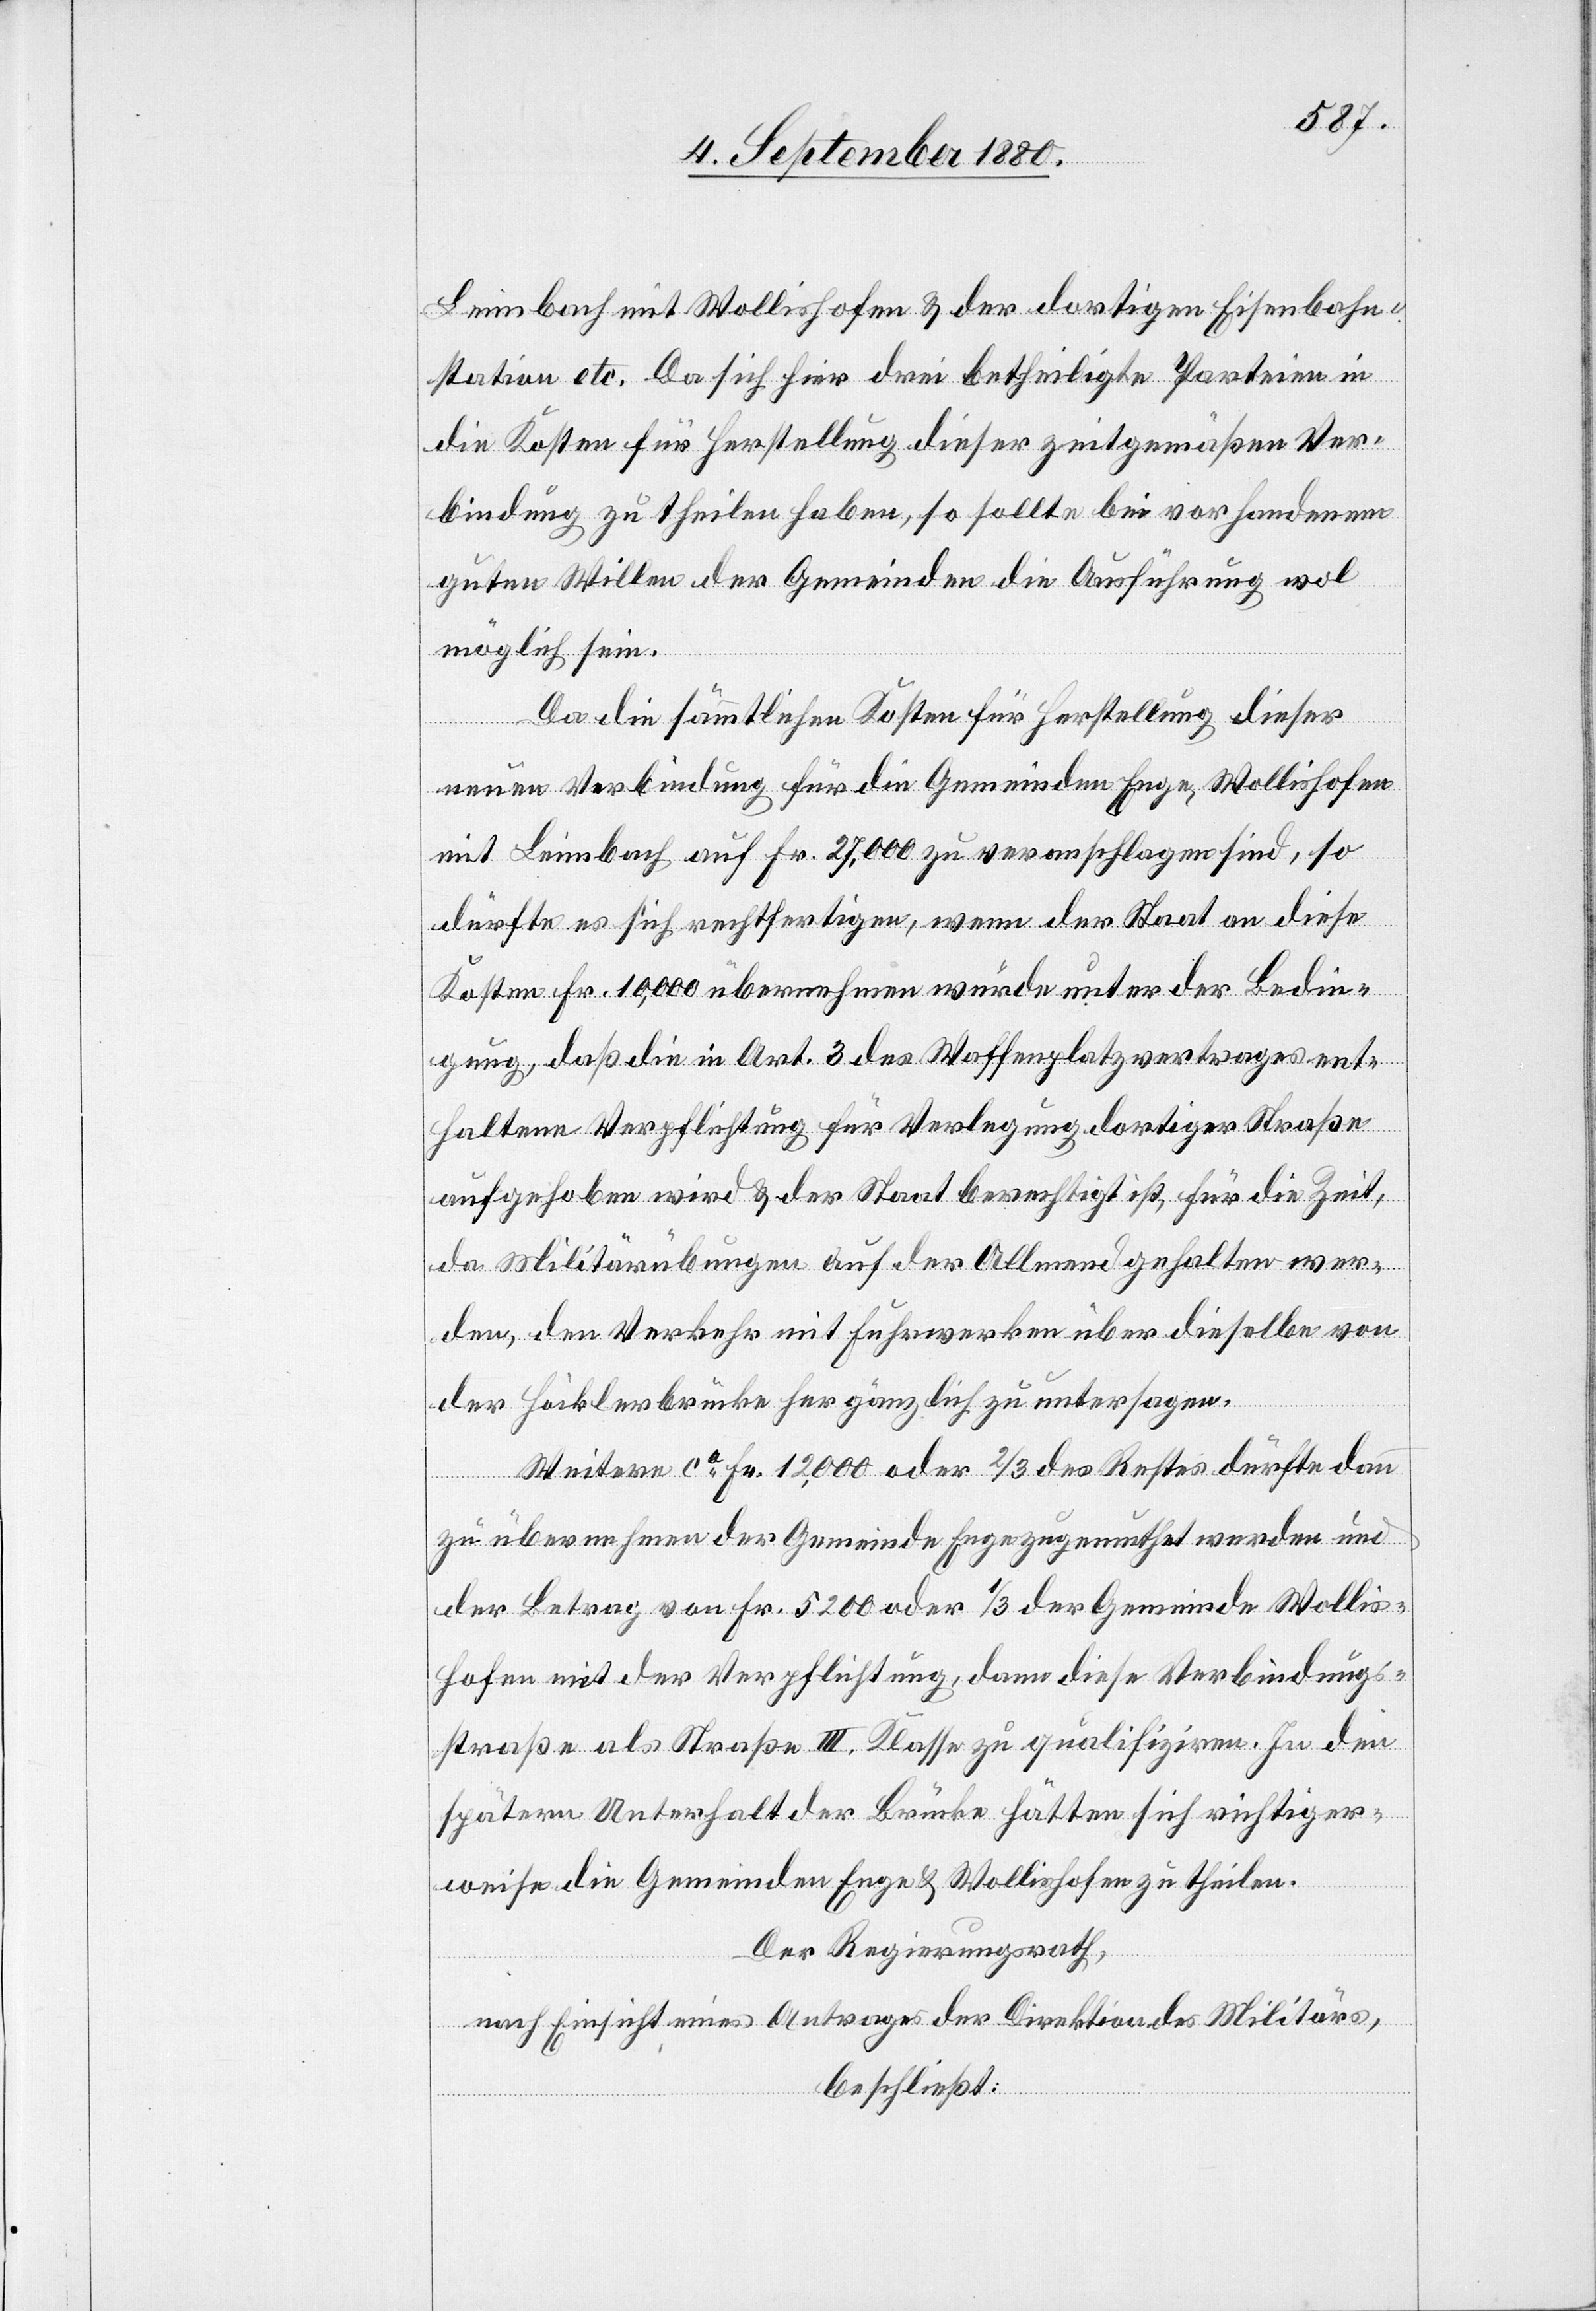
Leimbach mit Wollishofen & der dortigen Eisenbahn¬
station etc. Da sich hier drei betheiligte Parteien in
die Kosten für Herstellung dieser zeitgemäßen Ver¬
bindung zu theilen haben, so sollte bei vorhandenem
guten Willen der Gemeinden die Ausführung wol
möglich sein.
Da die sämmtlichen Kosten für Herstellung dieser
neuen Verbindung für die Gemeinden Enge, Wollishofen
mit Leimbach auf Fr. 27,000 zu veranschlagen sind, so
dürfte es sich rechtfertigen, wenn der Staat an diese
Kosten Fr. 10,000 übernehmen würde unter der Bedin¬
gung, daß die in Art. 3 des Waffenplatzvertrages ent¬
haltene Verpflichtung für Verlegung dortiger Straße
aufgehoben wird & der Staat berechtigt ist, für die Zeit,
da Militärübungen auf der Allmend gehalten wer¬
den, den Verkehr mit Fuhrwerken über dieselbe von
der Höcklerbrücke her gänzlich zu untersagen.
Weitere ca Fr. 12,000 oder 2/3 des Restes dürfte dann
zu übernehmen der Gemeinde Enge zugemuthet werden und
der Betrag von Fr. 5200 oder 1/3 der Gemeinde Wollis¬
hofen mit der Verpflichtung, dann diese Verbindungs¬
straße als Straße III. Klasse zu qualifiziren. In
späteren Unterhalt der Brücke hätten sich richtiger¬
weise die Gemeinden Enge & Wollishofen zu theilen.
Der Regierungsrath,
nach Einsicht eines Antrages der Direktion des Militärs,
beschließt: